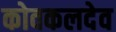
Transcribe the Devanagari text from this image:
कोवकलदेव